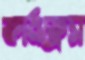
ফার্মফ্রেস